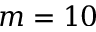
m = 1 0